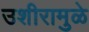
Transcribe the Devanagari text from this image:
उशीरामुळे